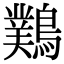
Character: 䴆